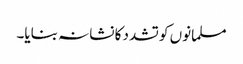
مسلمانوں کو تشدد کا نشانہ بنایا۔